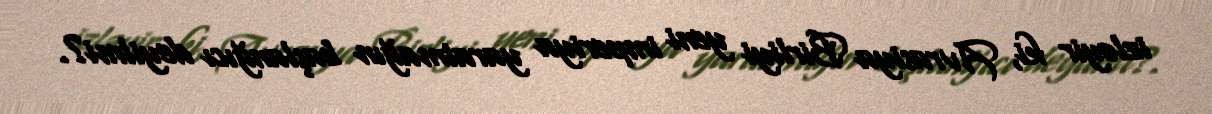
izləyir ki, Avrasiya Birliyi yeni imperiya yaratmağın başlanğıcı deyilmi?.